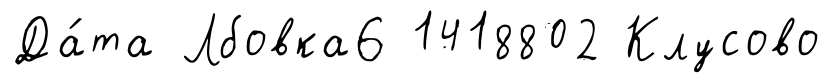
Да́та Лбовка6 1418802 Клусово